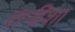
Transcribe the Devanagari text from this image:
तनीशा